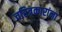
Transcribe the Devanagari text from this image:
चरित्रकारांना